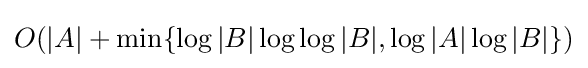
O(|A|+\min\{\log |B|\log \log |B|,\log |A|\log |B|\})